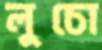
লুচো